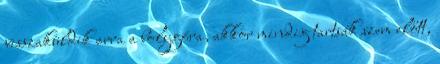
visszaküldik arra a bolygóra, akkor mindig tartsák szem előtt,